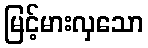
မြင့်မားလှသော